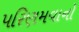
પરિણમવાનો